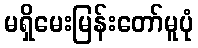
မရှိမေးမြန်းတော်မူပုံ